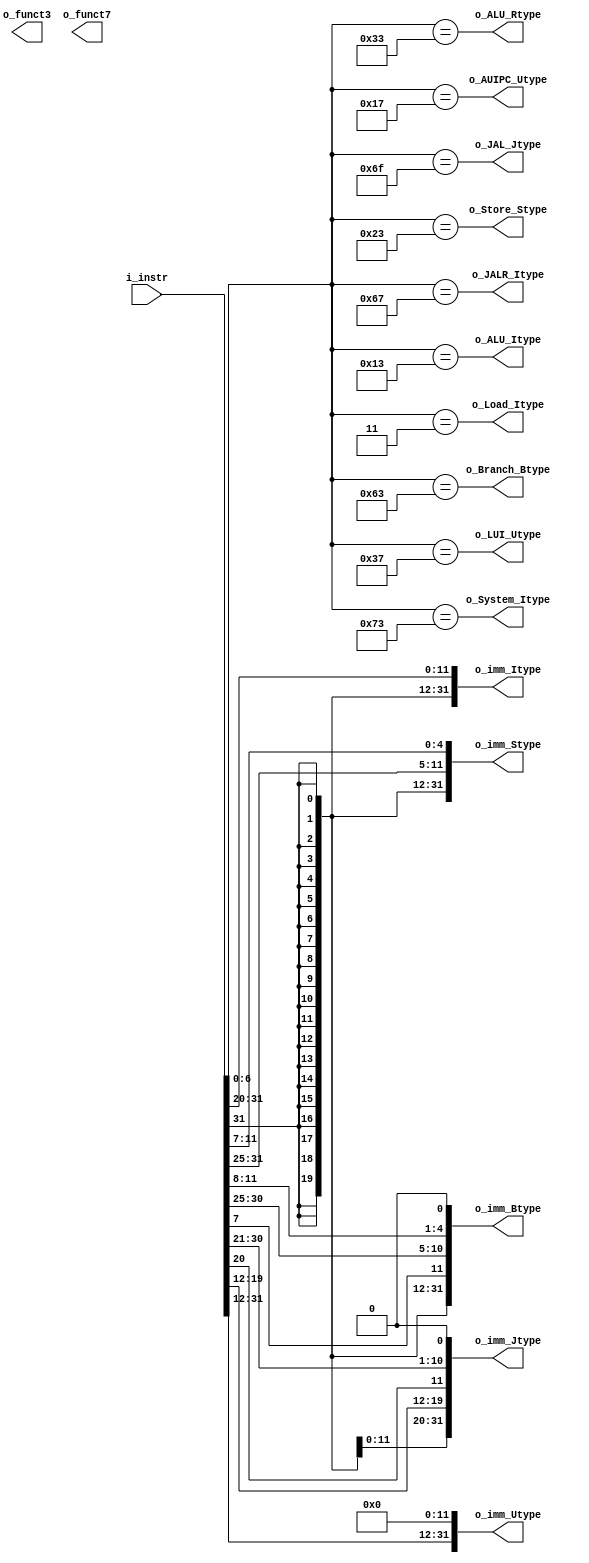
module Vr_RV32I_ISA (
    input [31:0] i_instr,
    output [31:0] o_imm_Itype, 
    output [31:0] o_imm_Stype, 
    output [31:0] o_imm_Btype, 
    output [31:0] o_imm_Jtype, 
    output [31:0] o_imm_Utype,
    output [2:0] o_funct3,
    output [6:0] o_funct7,
    output o_ALU_Rtype, o_ALU_Itype, o_AUIPC_Utype, o_Branch_Btype, o_Load_Itype, o_Store_Stype, o_System_Itype, o_LUI_Utype, o_JAL_Jtype, o_JALR_Itype
);

    assign o_ALU_Rtype       =   (i_instr[6:0] == 7'b0110011);
    assign o_ALU_Itype       =   (i_instr[6:0] == 7'b0010011);
    assign o_Load_Itype      =   (i_instr[6:0] == 7'b0000011);
    assign o_Store_Stype     =   (i_instr[6:0] == 7'b0100011);
    assign o_Branch_Btype    =   (i_instr[6:0] == 7'b1100011);
    assign o_JAL_Jtype       =   (i_instr[6:0] == 7'b1101111);
    assign o_JALR_Itype      =   (i_instr[6:0] == 7'b1100111);
    assign o_LUI_Utype       =   (i_instr[6:0] == 7'b0110111);
    assign o_AUIPC_Utype     =   (i_instr[6:0] == 7'b0010111);
    assign o_System_Itype    =   (i_instr[6:0] == 7'b1110011);


    assign o_imm_Itype = {{21{i_instr[31]}}, i_instr[30:20]};
    assign o_imm_Stype = {{21{i_instr[31]}}, i_instr[30:25], i_instr[11:7]};
    assign o_imm_Btype = {{20{i_instr[31]}}, i_instr[7], i_instr[30:25], i_instr[11:8], 1'b0};
    assign o_imm_Jtype = {{12{i_instr[31]}}, i_instr[19:12], i_instr[20], i_instr[30:21], 1'b0};
    assign o_imm_Utype = {i_instr[31:12], {12{1'b0}}};
    
    assign o_rs1 = i_instr[19:15];
    assign o_rs2 = i_instr[24:20];
    assign o_rd  = i_instr[11:7];

    assign funct3 = i_instr[14:12];
    assign funct7 = i_instr[31:25];

    
endmodule